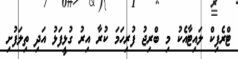
ޓްރެފިކް ލައިޓާއެކު މި ބްރިޖު ފުރިހަމަ ކުރާ އިރު ގުޅީފަޅު އަދި ތިލަފުށި